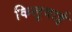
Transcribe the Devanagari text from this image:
किलुवाई